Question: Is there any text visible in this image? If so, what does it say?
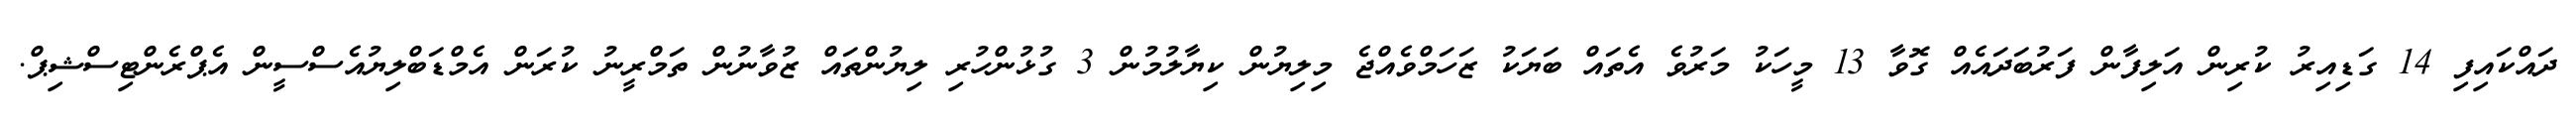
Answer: ދައްކައިފި 14 ގަޑިއިރު ކުރިން އަލިފާން ފަރުބަދައެއް ގޮވާ 13 މީހަކު މަރުވެ އެތައް ބަޔަކު ޒަހަމްވެއްޖެ މިލިޔުން ކިޔާލުމުން 3 ގުޅުންހުރި ލިޔުންތައް ޒުވާނުން ތަމްރީނު ކުރަން އެމްޑަބްލިޔުއެސްސީން އެޕްރެންޓިސްޝިޕް.